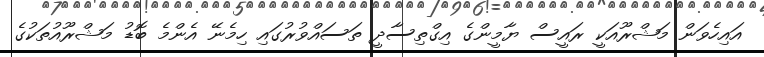
އައިހެވަން މަޝްރޫއަކީ ރައީސް ޔާމީންގެ އިގްތިސާދީ ތަަސައްވުރުގައި ހިމެނޭ އެންމެ ބޮޑު މަޝްރޫއުތަކުގެ